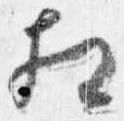
相